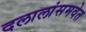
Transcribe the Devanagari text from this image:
दलालांसमवेत